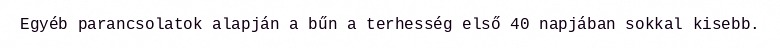
Egyéb parancsolatok alapján a bűn a terhesség első 40 napjában sokkal kisebb.